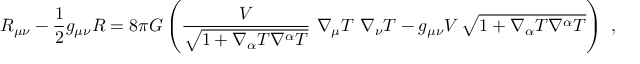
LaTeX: R _ { \mu \nu } - \frac { 1 } { 2 } g _ { \mu \nu } R = 8 \pi G \left( \frac { V } { \sqrt { 1 + \nabla _ { \alpha } T \nabla ^ { \alpha } T } } \, \, \nabla _ { \mu } T \, \, \nabla _ { \nu } T - g _ { \mu \nu } V \, \sqrt { 1 + \nabla _ { \alpha } T \nabla ^ { \alpha } T } \right) \ ,